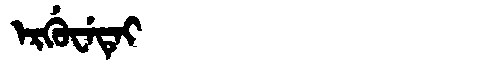
Manchu: ᡝᡵᡤᡠᠸᡝᡨᡝᡳ
Romanization: ERGUWETEI